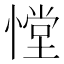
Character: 憆